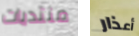
منتديات أعذار